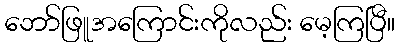
ဘော်ဖြူအကြောင်းကိုလည်း မေ့ကြပြီ။